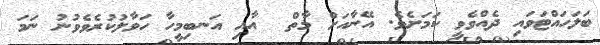
ބަލަހައްޓަވައި ދެއްވެވީ ކަމަށެވެ. އޭނާއަށް މާތް  އާއި އަނބިމީހާ ހަވާލުކުރެވެވުނު ނަމަ